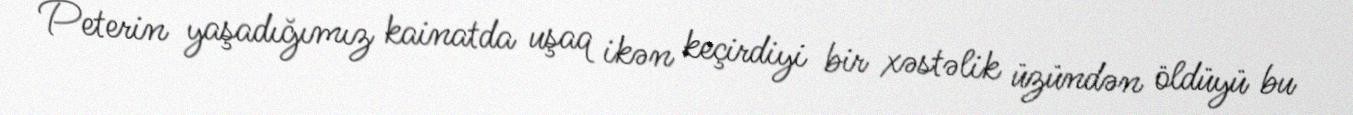
Peterin yaşadığımız kainatda uşaq ikən keçirdiyi bir xəstəlik üzündən öldüyü bu